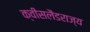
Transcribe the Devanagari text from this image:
क्वींसलैंडराज्य